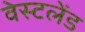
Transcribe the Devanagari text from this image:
वेस्टलेंड